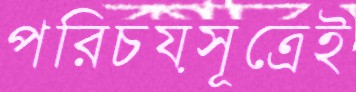
পরিচয়সূত্রেই